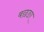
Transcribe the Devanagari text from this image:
बछङा